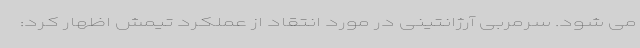
می شود. سرمربی آرژانتینی در مورد انتقاد از عملکرد تیمش اظهار کرد: